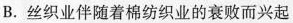
B.丝织业伴随着棉纺织业的衰败而兴起